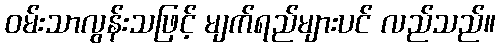
ဝမ်းသာလွန်းသဖြင့် မျက်ရည်များပင် လည်သည်။